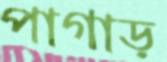
পাগাড়